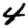
Digit: 4